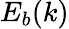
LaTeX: E_{b}(k)